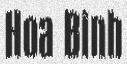
Hoa Binh